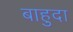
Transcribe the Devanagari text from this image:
बाहुदा